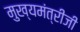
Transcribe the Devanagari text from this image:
मुख्यमंत्रीजी